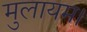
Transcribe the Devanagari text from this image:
मुलायम।